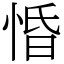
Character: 惛